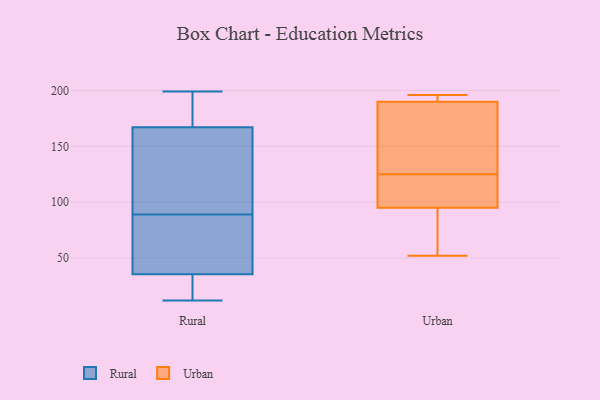
{"axis": {"x": "Latency (ms)", "y": "Value"}, "legend": ["Rural", "Urban"], "data": [{"x": "", "y": 77, "type": "Rural"}, {"x": "", "y": 12, "type": "Rural"}, {"x": "", "y": 197, "type": "Rural"}, {"x": "", "y": 34, "type": "Rural"}, {"x": "", "y": 28, "type": "Rural"}, {"x": "", "y": 137, "type": "Rural"}, {"x": "", "y": 125, "type": "Rural"}, {"x": "", "y": 199, "type": "Rural"}, {"x": "", "y": 131, "type": "Rural"}, {"x": "", "y": 71, "type": "Rural"}, {"x": "", "y": 89, "type": "Rural"}, {"x": "", "y": 20, "type": "Rural"}, {"x": "", "y": 40, "type": "Rural"}, {"x": "", "y": 177, "type": "Rural"}, {"x": "", "y": 179, "type": "Rural"}, {"x": "", "y": 88, "type": "Urban"}, {"x": "", "y": 190, "type": "Urban"}, {"x": "", "y": 62, "type": "Urban"}, {"x": "", "y": 113, "type": "Urban"}, {"x": "", "y": 95, "type": "Urban"}, {"x": "", "y": 196, "type": "Urban"}, {"x": "", "y": 189, "type": "Urban"}, {"x": "", "y": 119, "type": "Urban"}, {"x": "", "y": 133, "type": "Urban"}, {"x": "", "y": 194, "type": "Urban"}, {"x": "", "y": 52, "type": "Urban"}, {"x": "", "y": 131, "type": "Urban"}, {"x": "", "y": 115, "type": "Urban"}, {"x": "", "y": 196, "type": "Urban"}]}